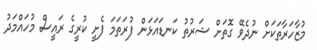
މުޒާހަރާތަކަށް ނުދެވޭ ގޮތަށް ޝަރުތު ކަނޑައަޅަން ފުރަތަމަ ފެށީ ކުރީގެ ރައީސް މުހައްމަދު